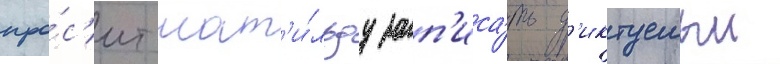
про́с'ит мат'и́льду зап'иса́ть д'иктуемыи